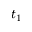
t _ { 1 }